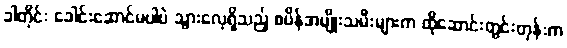
ခါတိုင်း ခေါင်းဆောင်မပါပဲ သွားလေ့ရှိသည့် စပိန်အမျိုးသမီးများက ထိုဆောင်းတွင်းတုန်းက